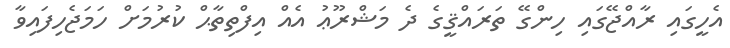
އެހީގައި ރާއްޖޭގައި ހިންގޭ ތަރައްޤީގެ ދެ މަޝްރޫޢު އެއް އިފްތިތާޙް ކުރުމަށް ހަމަޖެހިފައިވާ